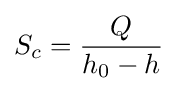
S_{c}={\frac {Q}{h_{0}-h}}